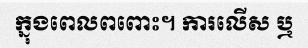
ក្នុងពេលពពោះ។ ការលើស ឬ